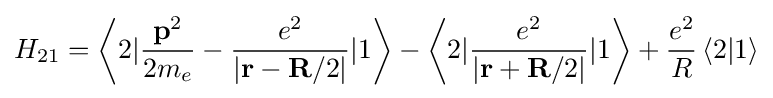
{{H}_{21}}=\left\langle 2|{\frac {{\mathbf {p} }^{2}}{2{{m}_{e}}}}-{\frac {{e}^{2}}{\left|\mathbf {r} -\mathbf {R} /2\right|}}|1\right\rangle -\left\langle 2|{\frac {{e}^{2}}{\left|\mathbf {r} +\mathbf {R} /2\right|}}|1\right\rangle +{\frac {{e}^{2}}{R}}\left\langle 2|1\right\rangle